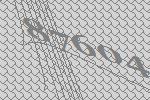
87604